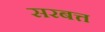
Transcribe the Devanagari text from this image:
सरबत्त